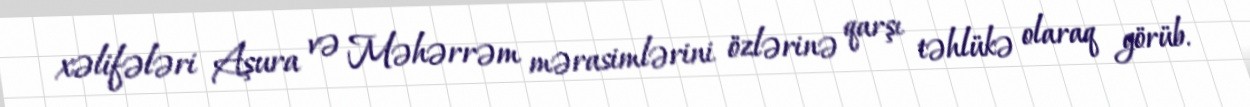
xəlifələri Aşura və Məhərrəm mərasimlərini özlərinə qarşı təhlükə olaraq görüb.